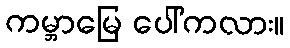
ကမ္ဘာမြေ ပေါ်ကလား။